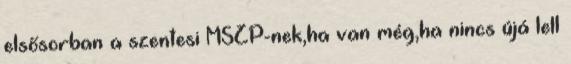
elsősorban a szentesi MSZP-nek,ha van még,ha nincs újá lell